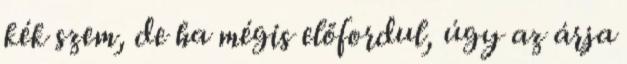
kék szem, de ha mégis előfordul, úgy az árja